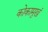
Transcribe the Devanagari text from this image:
कोकामुखं